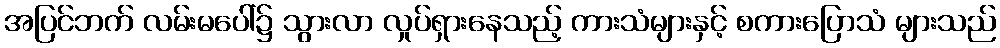
အပြင်ဘက် လမ်းမပေါ်၌ သွားလာ လှုပ်ရှားနေသည့် ကားသံများနှင့် စကားပြောသံ များသည်